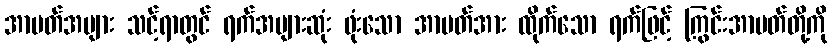
အာပတ်အများ သင့်ရာတွင် ရက်အများဆုံး ဖုံးသော အာပတ်အား ထိုက်သော ရက်ဖြင့် ကြွင်းအာပတ်တို့ကို